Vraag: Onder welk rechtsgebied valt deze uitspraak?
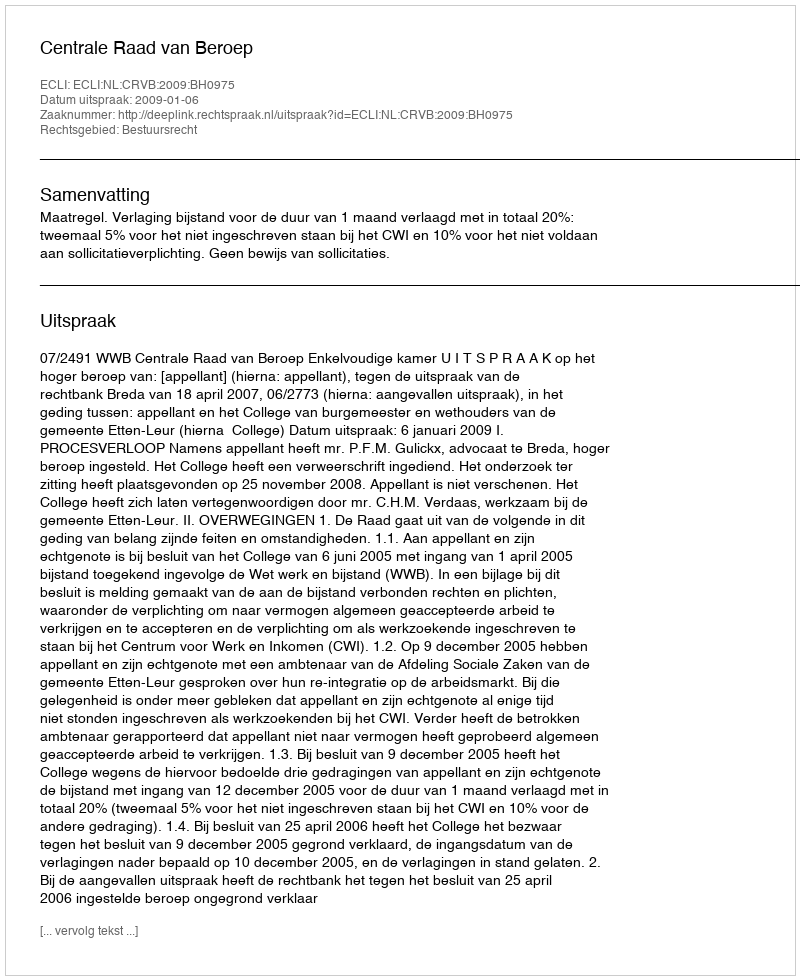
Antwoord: Bestuursrecht